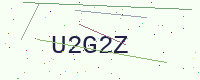
Text: U2G2Z